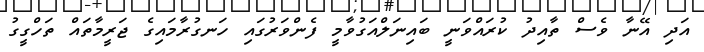
އަދި އޭނާ ވެސް ތާއިދު ކުރައްވަނީ ބައިނަލްއަގުވާމީ ފެންވަރުގައި ހަނގުރާމައިގެ ޖަރީމާތައް ތަހްގީގު